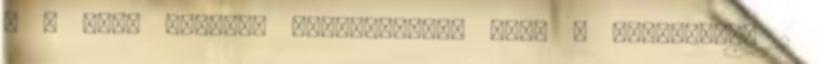
a T nagy pofával hangoztatta, hogy a készülékre 2